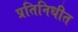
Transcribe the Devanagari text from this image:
प्रतिनिधीत